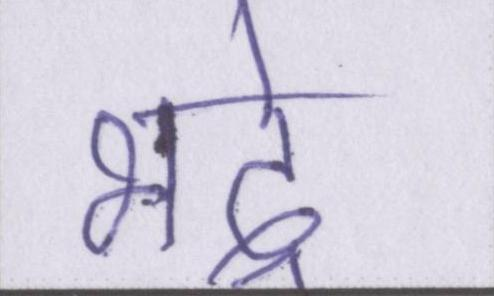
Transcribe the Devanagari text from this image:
भद्रे